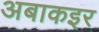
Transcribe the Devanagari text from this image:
अबाकइर